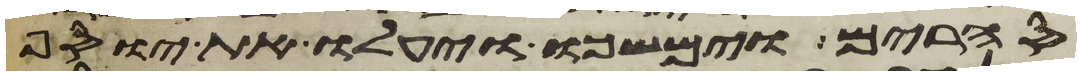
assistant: סחרים וימשכו ויעלו את יוסף